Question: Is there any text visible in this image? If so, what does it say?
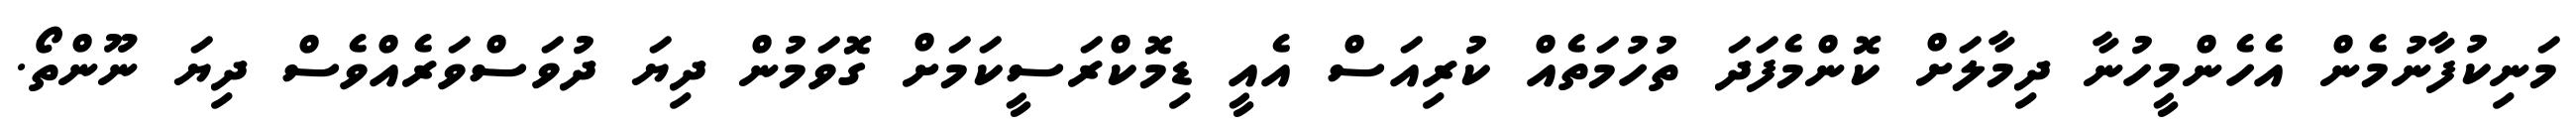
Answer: މަނިކުފާނުމެން އެހެންމީހުނާ ދިމާލަށް ކޮންމެފަދަ ތުހުމަތެއް ކުރިއަސް އެއީ ޑިމޮކްރަސީކަމަށް ގޮވަމުން ދިޔަ ދުވަސްވަރެއްވެސް ދިޔަ ނޫންތޯ.